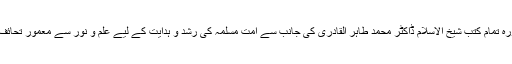
مذکورہ تمام کتب شیخ الاسلام ڈاکٹر محمد طاہر القادری کی جانب سے اُمتِ مسلمہ کی رُشد و ہدایت کے لیے علم و نور سے معمور تحائف ہیں۔